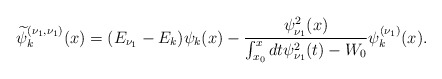
\begin{align*} \widetilde{\psi }_{k}^{( \nu _{1},\nu _{1}) }(x) =( E_{\nu _{1}}-E_{k}) \psi _{k}(x) -\frac{\psi _{\nu _{1}}^{2}(x)}{\int_{x_{0}}^{x}dt\psi _{\nu _{1}}^{2}(t)-W_{0}}\psi _{k}^{( \nu _{1}) }(x) . \end{align*}